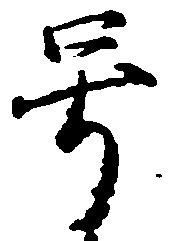
号